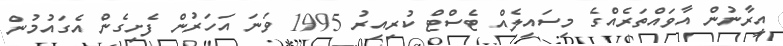
އީރާނުން އާވައްތަރެއްގެ މިސައިލެއް ޓެސްޓް ކުރިއިރު 1995 ވަނަ އަހަރުން ފެށިގެން އެގައުމުން